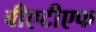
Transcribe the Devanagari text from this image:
बीएटीएफ